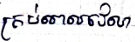
គ្រប់ពេលវេលា